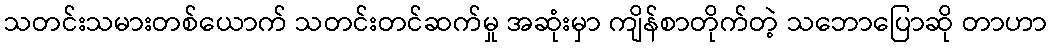
သတင်းသမားတစ်ယောက် သတင်းတင်ဆက်မှု အဆုံးမှာ ကျိန်စာတိုက်တဲ့ သဘောပြောဆို တာဟာ